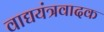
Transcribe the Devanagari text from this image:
वाद्ययंत्रवादक